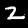
Digit: 2